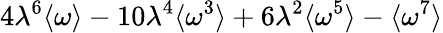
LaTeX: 4\lambda^{6}\langle\omega\rangle-10\lambda^{4}\langle\omega^{3}\rangle+6\lambda^{2}\langle\omega^{5}\rangle-\langle\omega^{7}\rangle